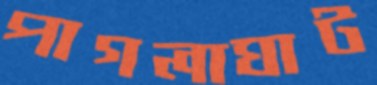
পাগলাঘাট